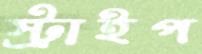
স্ট্রাইপ